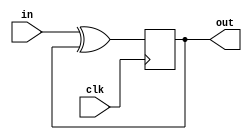
module top_module (
    input clk,
    input in, 
    output out);

    always @(posedge clk) begin
        out <= in^out; //out 為 reg
    end
endmodule